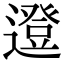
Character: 邆